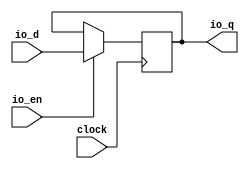
module ClockCrossingReg_w15(
  input         clock,
  input  [14:0] io_d,
  output [14:0] io_q,
  input         io_en
);
`ifdef RANDOMIZE_REG_INIT
  reg [31:0] _RAND_0;
`endif // RANDOMIZE_REG_INIT
  reg [14:0] cdc_reg; // @[Reg.scala 16:16]
  assign io_q = cdc_reg; // @[SynchronizerReg.scala 202:8]
  always @(posedge clock) begin
    if (io_en) begin // @[Reg.scala 17:18]
      cdc_reg <= io_d; // @[Reg.scala 17:22]
    end
  end
// Register and memory initialization
`ifdef RANDOMIZE_GARBAGE_ASSIGN
`define RANDOMIZE
`endif
`ifdef RANDOMIZE_INVALID_ASSIGN
`define RANDOMIZE
`endif
`ifdef RANDOMIZE_REG_INIT
`define RANDOMIZE
`endif
`ifdef RANDOMIZE_MEM_INIT
`define RANDOMIZE
`endif
`ifndef RANDOM
`define RANDOM $random
`endif
`ifdef RANDOMIZE_MEM_INIT
  integer initvar;
`endif
`ifndef SYNTHESIS
`ifdef FIRRTL_BEFORE_INITIAL
`FIRRTL_BEFORE_INITIAL
`endif
initial begin
  `ifdef RANDOMIZE
    `ifdef INIT_RANDOM
      `INIT_RANDOM
    `endif
    `ifndef VERILATOR
      `ifdef RANDOMIZE_DELAY
        #`RANDOMIZE_DELAY begin end
      `else
        #0.002 begin end
      `endif
    `endif
`ifdef RANDOMIZE_REG_INIT
  _RAND_0 = {1{`RANDOM}};
  cdc_reg = _RAND_0[14:0];
`endif // RANDOMIZE_REG_INIT
  `endif // RANDOMIZE
end // initial
`ifdef FIRRTL_AFTER_INITIAL
`FIRRTL_AFTER_INITIAL
`endif
`endif // SYNTHESIS
endmodule